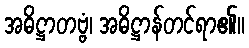
အဓိဋ္ဌာတဗ္ဗံ၊ အဓိဋ္ဌာန်တင်ရာ၏။